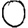
Digit: 0